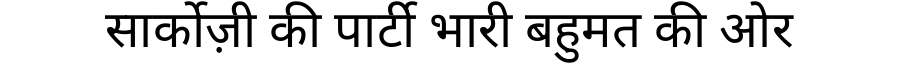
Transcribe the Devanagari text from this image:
सार्कोज़ी की पार्टी भारी बहुमत की ओर